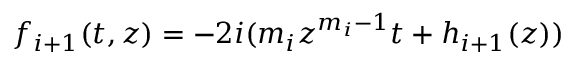
f _ { i + 1 } ( t , z ) = - 2 i ( m _ { i } z ^ { m _ { i } - 1 } t + h _ { i + 1 } ( z ) )